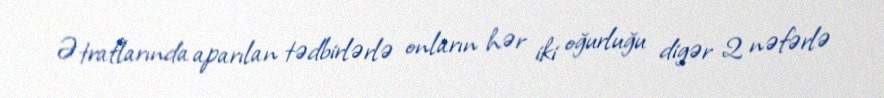
Ətraflarında aparılan tədbirlərlə onların hər iki oğurluğu digər 2 nəfərlə